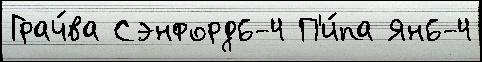
Грач́ва Сэнфорд6-4 П'и́па Ян6-4